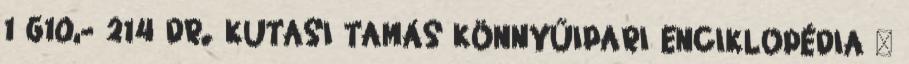
1 610,- 214 DR. KUTASI TAMÁS KÖNNYŰIPARI ENCIKLOPÉDIA –